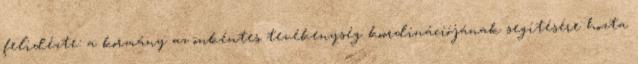
felidézte: a kormány az önkéntes tevékenység koordinációjának segítésére hozta